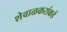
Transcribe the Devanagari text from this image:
शेवाळकरांकडे